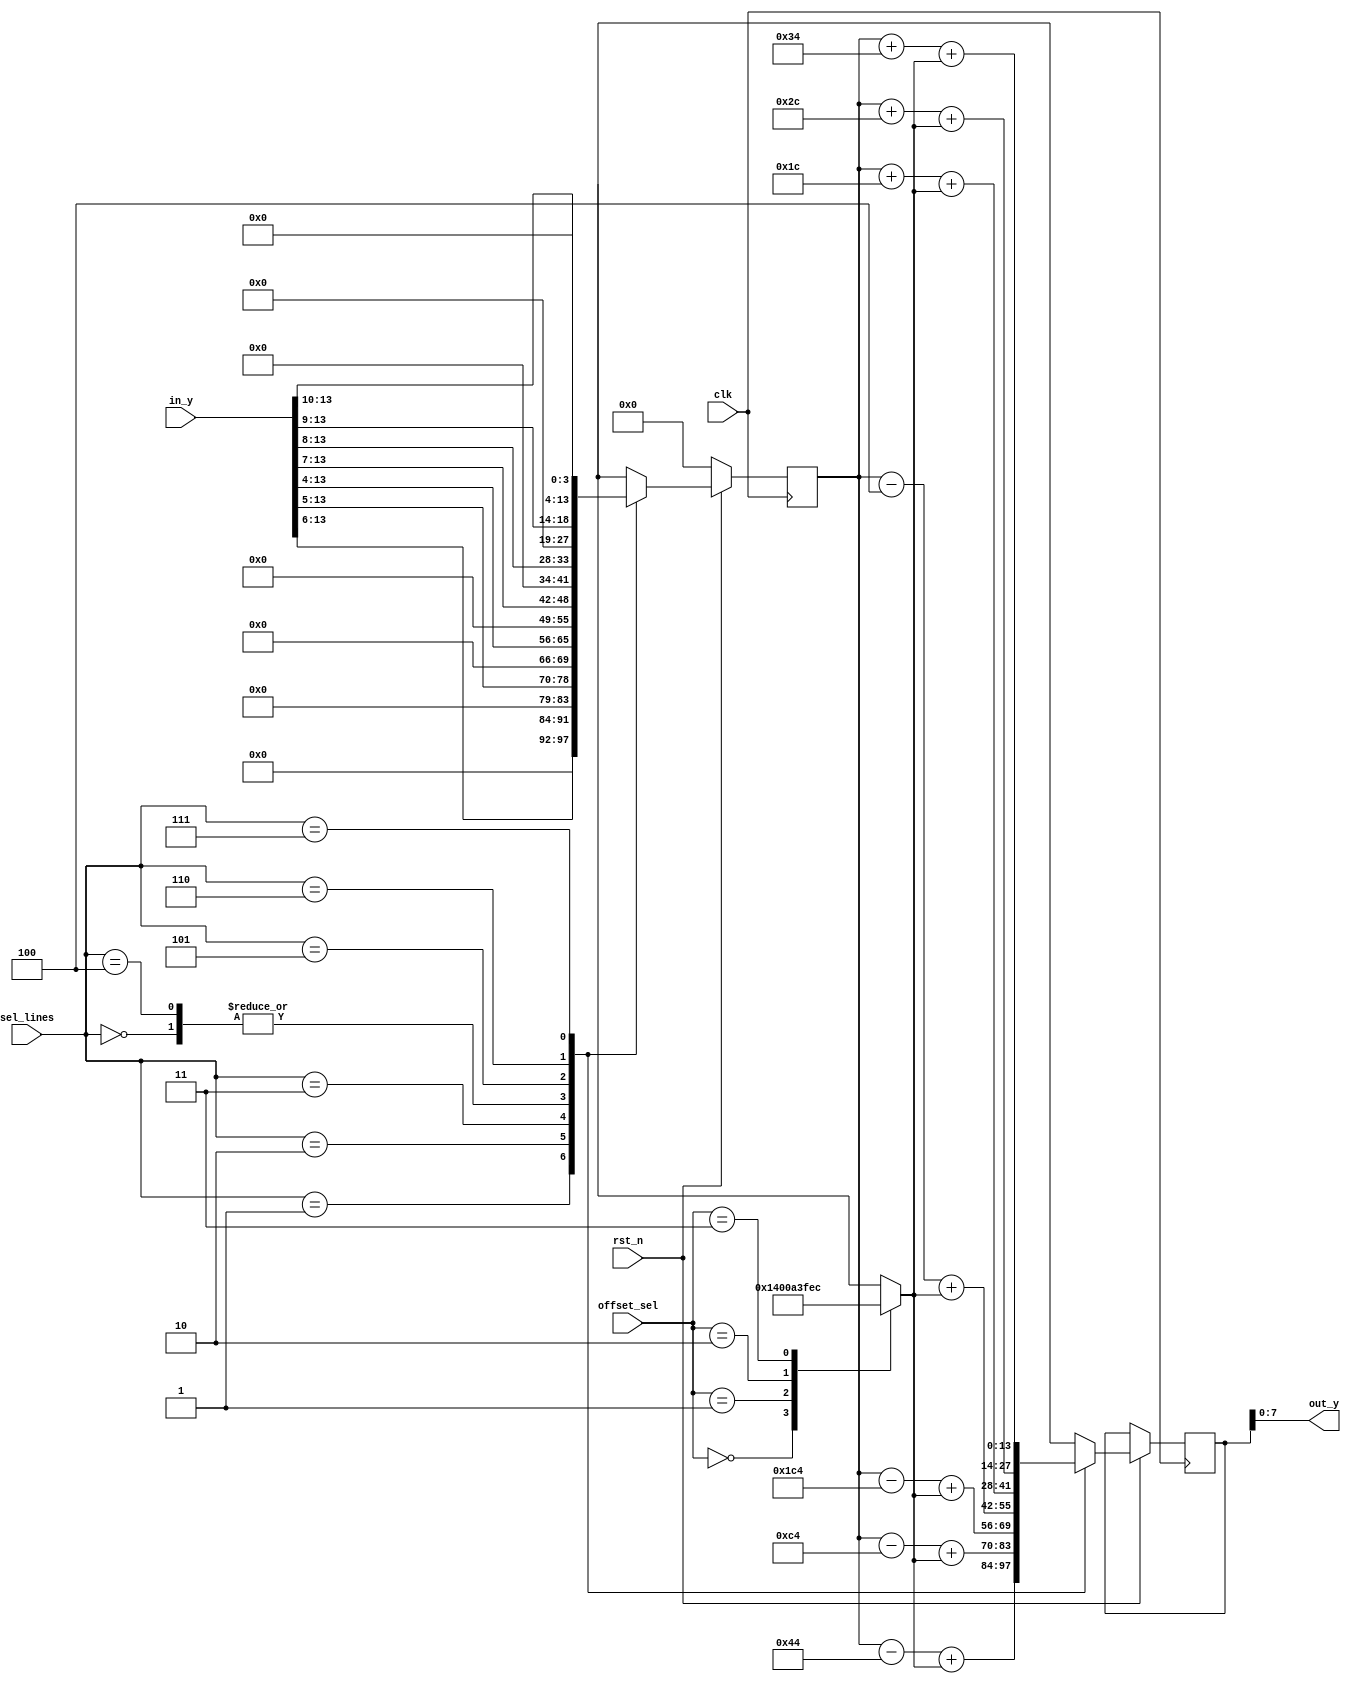
module compressor
(
	// Input Ports
	input clk,
	input rst_n,
	//input [13:0] in_x,
	input [13:0] in_y,
	input [2:0]sel_lines,
	input [1:0]offset_sel, 
	// Output Ports
	//output  [7:0]out_x,
	output  [7:0]out_y
);

//reg [13:0]temp_x;
reg [13:0]temp_y;
reg [13:0]temp_y2;
integer offset;

always @ (posedge clk)
begin
	if(!rst_n)
	begin
		temp_y <=0;
	end
	else
	begin
		case (sel_lines)
		4'b000: begin
			//		temp_x <= in_x >> 7;	offset subtraction is (2^14/2) = 8192 -> 8192 >> 7/6/5/4 + whatever to bring it to 60
					temp_y <= (in_y >> 7);
					temp_y2 <= temp_y - 4 + offset;
					end
		4'b001: begin
			//		temp_x <= in_x >> 6;
					temp_y <= (in_y >> 6);
					temp_y2 <= temp_y - 68 + offset;
					end
		4'b010: begin
			//		temp_x <= in_x >> 5;
					temp_y <= (in_y >> 5);
					temp_y2 <= temp_y - 196 + offset;
					end
		4'b011: begin
			//		temp_x <= in_x >> 4;
					temp_y <= (in_y >> 4);
					temp_y2 <= temp_y - 452 + offset;
					end
		4'b100: begin
			//		temp_x <= in_x >> 7;
					temp_y <= (in_y >> 7);
					temp_y2 <= temp_y - 4 + offset;
					end
		4'b101: begin
			//		temp_x <= in_x >> 8;
					temp_y <= (in_y >> 8);
					temp_y2 <= temp_y + 28 + offset;
					end
		4'b110: begin
			//		temp_x <= in_x >> 9;
					temp_y <= (in_y >> 9);
					temp_y2 <= temp_y + 44 + offset;
					end
		4'b111: begin
			//		temp_x <= in_x >> 10;
					temp_y <= (in_y >> 10);
					temp_y2 <= temp_y +52 + offset;
					end		
		default: begin
				//	temp_x <= in_x >> 7;
					temp_y <= in_y >> 7;
					end	
		endcase			
	end
end

always @ (*)
begin
	case(offset_sel)
	2'b00:	offset <= 0;
	2'b01:	offset <= 20;
	2'b10:	offset <= 40;
	2'b11:	offset <= -20;
	endcase
end

//assign out_x  = temp_x[7:0];
assign out_y  = temp_y2[7:0];

endmodule